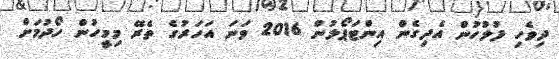
ދިވެހި ފުލުހުން އެދިގެން އިންޓަޕޯލުން 2016 ވަނަ އަހަރުގެ ތެރޭ މިމީހުން ހޯދުމަށް